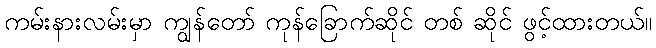
ကမ်းနားလမ်းမှာ ကျွန်တော် ကုန်ခြောက်ဆိုင် တစ် ဆိုင် ဖွင့်ထားတယ်။